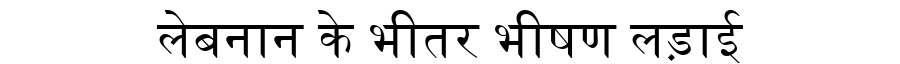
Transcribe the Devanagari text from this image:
लेबनान के भीतर भीषण लड़ाई